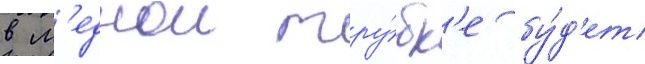
в м'еднои тру́бк'е бу́д'ет